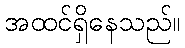
အထင်ရှိနေသည်။